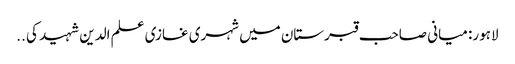
لاہور: میانی صاحب قبرستان میں شہری غازی علم الدین شہید کی ..